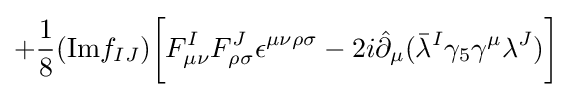
+{\frac {1}{8}}({\text{Im}}f_{IJ}){\bigg [}F_{\mu \nu }^{I}F_{\rho \sigma }^{J}\epsilon ^{\mu \nu \rho \sigma }-2i{\hat {\partial }}_{\mu }({\bar {\lambda }}^{I}\gamma _{5}\gamma ^{\mu }\lambda ^{J}){\bigg ]}